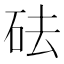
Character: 砝